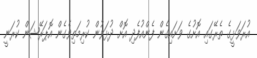
އުރަވަޅީގެ ތެރޭގައި އޮށުގެ ވަށައިގެން ފެންއުފެދި އޮށް ދުޅަވުން ކުރިމަތިވެގެން އޮޕަރޭޝަން ކުރަނީ